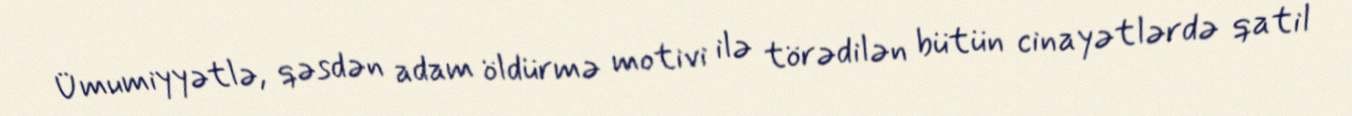
Ümumiyyətlə, qəsdən adam öldürmə motivi ilə törədilən bütün cinayətlərdə qatil